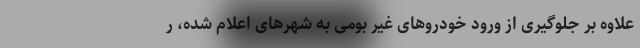
علاوه بر جلوگیری از ورود خودروهای غیر بومی به شهرهای اعلام شده، ر